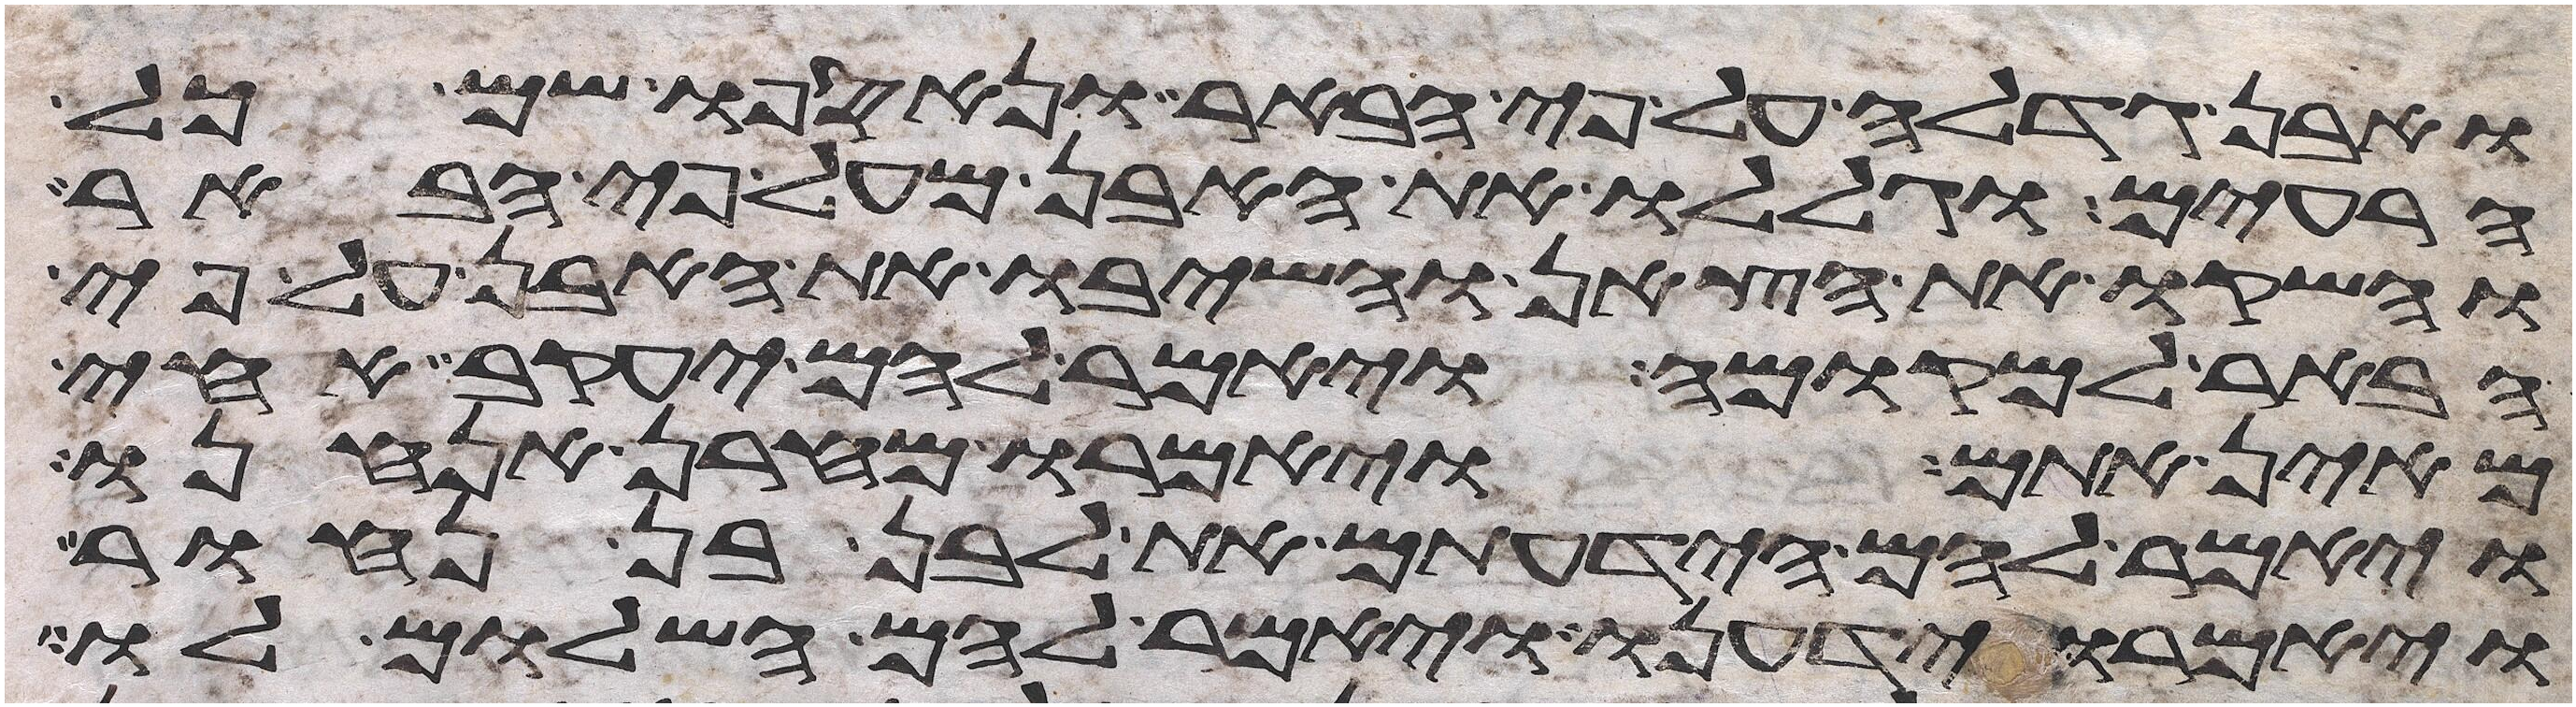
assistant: ואבן גדלה על פי הבאר ונאספו שם כל
הרעים וגללו את האבן מעל פי הבאר
והשקו את הצאן והשיבו את האבן על פי
הבאר למקומה ויאמר להם יעקב אחי
מאין אתם ויאמרו מחרן אנחנו
ויאמר להם הידעתם את לבן בן נחור
ויאמרו ידענו ויאמר להם השלום לו